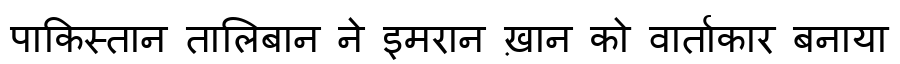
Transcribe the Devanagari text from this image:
पाकिस्तान तालिबान ने इमरान ख़ान को वार्ताकार बनाया